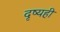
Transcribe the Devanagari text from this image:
दृष्यही